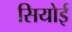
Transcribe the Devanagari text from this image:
सियोई